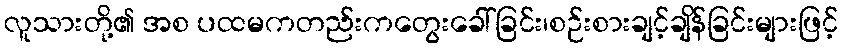
လူသားတို့၏ အစ ပထမကတည်းကတွေးခေါ်ခြင်း၊စဉ်းစားချင့်ချိန်ခြင်းများဖြင့်